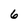
Character: 6